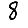
Digit: 8